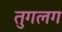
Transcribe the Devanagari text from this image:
तुगलग